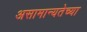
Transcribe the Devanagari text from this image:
असामान्यतेच्या